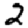
Digit: 2